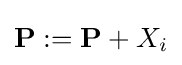
\mathbf {P:=P} +X_{i}